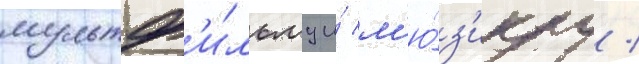
мультф'и́льму и́ м'ю́з'иклу /